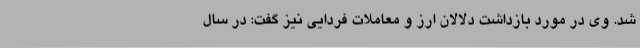
شد. وی در مورد بازداشت دلالان ارز و معاملات فردایی نیز گفت: در سال